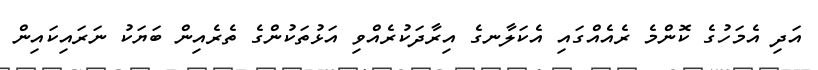
އަދި އެމަހުގެ ކޮންމެ ރެއެއްގައި އެކަލާނގެ އިރާދަކުރެއްވި އަޅުތަކުންގެ ތެރެއިން ބަޔަކު ނަރައިކައިން